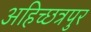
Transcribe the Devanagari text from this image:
अहिच्छत्रपुर